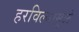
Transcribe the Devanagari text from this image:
हरविल्यामुळे